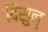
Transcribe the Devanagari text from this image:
दिसुन्